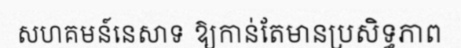
សហគមន៍នេសាទ ឱ្យកាន់តែមានប្រសិទ្ធភាព